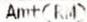
AMT(RM)